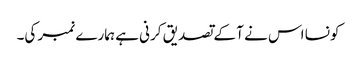
کونسا اس نے آ کے تصدیق کرنی ہے ہمارے نمبر کی۔